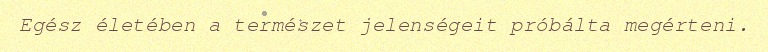
Egész életében a természet jelenségeit próbálta megérteni.